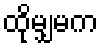
ထိုမျှမက